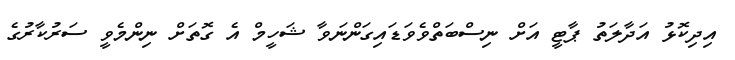
އިދިކޮޅު އަދާލަތު ޕާޓީ އަށް ނިސްބަތްވެވަޑައިގަންނަވާ ޝަހީމް އެ ގޮތަށް ނިންމެވީ ސަރުކާރުގެ